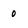
Character: 0